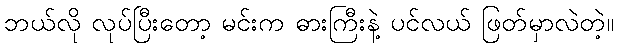
ဘယ်လို လုပ်ပြီးတော့ မင်းက ဓားကြီးနဲ့ ပင်လယ် ဖြတ်မှာလဲတဲ့။